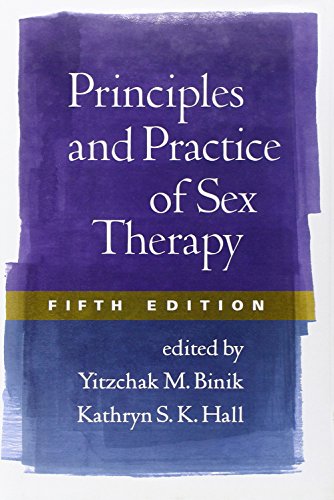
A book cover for Principles and Practice of Sex Therapy, Fifth Edition; Medical Books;